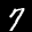
Label: 7